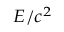
\scriptstyle { E / c ^ { 2 } }